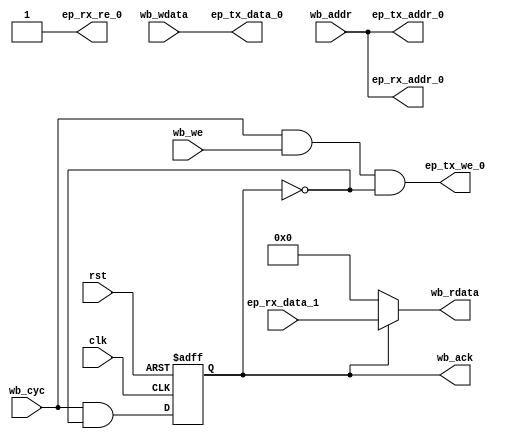
/*
 * wb_epbuf.v
 *
 * vim: ts=4 sw=4
 *
 * Copyright (C) 2020  Sylvain Munaut <tnt@246tNt.com>
 * SPDX-License-Identifier: CERN-OHL-P-2.0
 */

`default_nettype none

module wb_epbuf #(
	parameter integer AW = 9,
	parameter integer DW = 32
)(
	// Wishbone slave
	input  wire [AW-1:0] wb_addr,
	output wire [DW-1:0] wb_rdata,
	input  wire [DW-1:0] wb_wdata,
	input  wire          wb_we,
	input  wire          wb_cyc,
	output wire          wb_ack,

	// USB EP-Buf master
	output wire [AW-1:0] ep_tx_addr_0,
	output wire [DW-1:0] ep_tx_data_0,
	output wire          ep_tx_we_0,

	output wire [AW-1:0] ep_rx_addr_0,
	input  wire [DW-1:0] ep_rx_data_1,
	output wire          ep_rx_re_0,

	// Clock / Reset
	input  wire clk,
	input  wire rst
);

	reg ack_i;

	assign ep_tx_addr_0 = wb_addr;
	assign ep_rx_addr_0 = wb_addr;

	assign ep_tx_data_0 = wb_wdata;
	assign wb_rdata = ack_i ? ep_rx_data_1 : 32'h00000000;

	assign ep_tx_we_0 = wb_cyc & wb_we & ~ack_i;
	assign ep_rx_re_0 = 1'b1;

	assign wb_ack = ack_i;

	always @(posedge clk or posedge rst)
		if (rst)
			ack_i <= 1'b0;
		else
			ack_i <= wb_cyc & ~ack_i;

endmodule // wb_epbuf